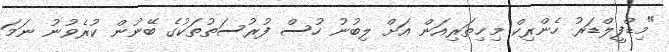
"މިޑްފީލްޑަރު ހެންރިކް މިޚިތަރިއަން އަށް ލިބުނު ހުސް ފުރުސަތުތަކުގެ ބޭނުން ކުރެވުނު ނަމަ